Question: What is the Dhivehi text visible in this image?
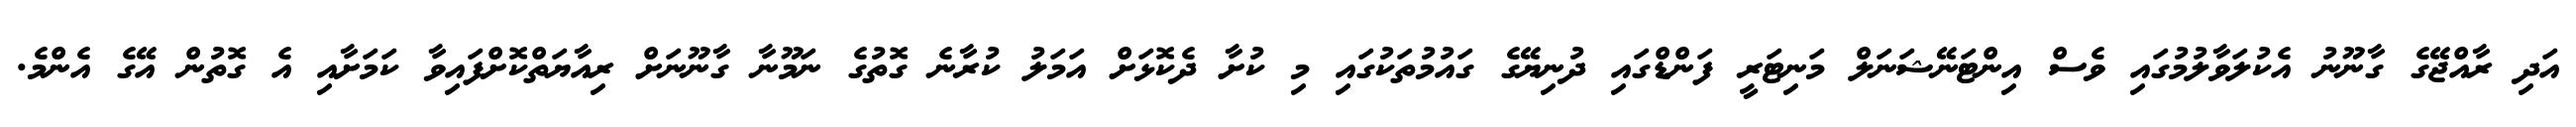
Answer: އަދި ރާއްޖޭގެ ގާނޫނު އެކުލަވާލުމުގައި ވެސް އިންޓަނޭޝަނަލް މަނިޓަރީ ފަންޑްގައި ދުނިޔޭގެ ގައުމުތަކުގައި މި ކުށާ ދެކޮޅަށް އަމަލު ކުރާނެ ގޮތުގެ ނަމޫނާ ގާނޫނަށް ރިއާޔަތްކޮށްފައިވާ ކަމަށާއި އެ ގޮތުން އޭގެ އެންމެ.